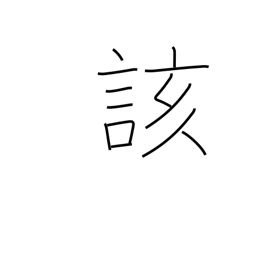
Meaning: above-stated